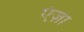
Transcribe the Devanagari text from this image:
एंज़ा